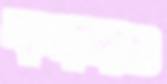
কম্বলও